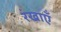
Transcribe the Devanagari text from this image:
रंखाएँ